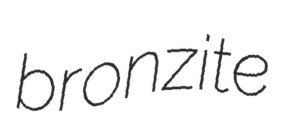
bronzite